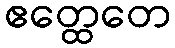
ဧတ္ထေတေ